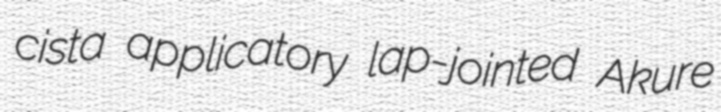
cista applicatory lap-jointed Akure